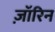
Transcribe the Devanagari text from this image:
ज़ॉरिन